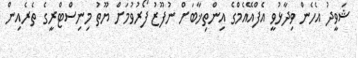
ޝަވީދު އެހެން ވިދާޅުވީ އެފްއޭއެމްގެ އިންތިޚާބަށް ނުފޫޒު ފޯރުވުމަށް ޔޫތު މިނިސްޓްރީގެ ތެރެއިން